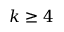
k \geq 4